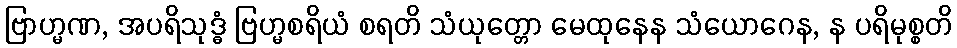
ဗြာဟ္မဏ, အပရိသုဒ္ဓံ ဗြဟ္မစရိယံ စရတိ သံယုတ္တော မေထုနေန သံယောဂေန, န ပရိမုစ္စတိ